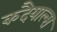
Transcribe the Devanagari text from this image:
कदैयाल्स